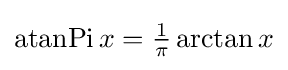
\operatorname {atanPi} x={\tfrac {1}{\pi }}\arctan x